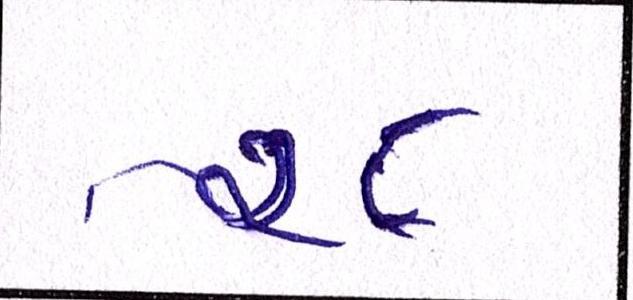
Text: ૨૮